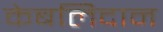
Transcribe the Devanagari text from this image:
केबलिदान